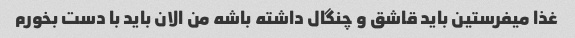
غذا میفرستین باید قاشق و چنگال داشته باشه من الان باید با دست بخورم